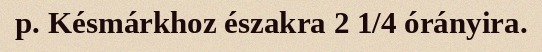
p. Késmárkhoz északra 2 1/4 órányira.